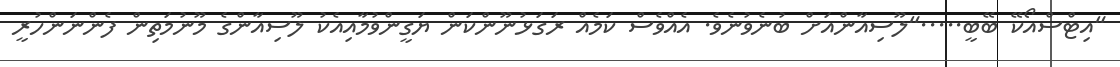
"އިޓްސްއޯކޭ ބޭބީ....."ލޫސިއާންއަށް ބުނެވުނެވެ. އެއްވެސް ކަމެއް ރަގަޅުނޫންކަން ޔަގީންވުމާއިއެކު ލޫސިއާންގެ މޫނުމަތިން ފެންނަންހުރީ